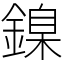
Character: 鎳